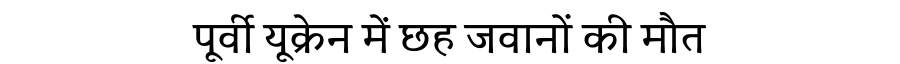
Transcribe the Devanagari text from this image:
पूर्वी यूक्रेन में छह जवानों की मौत